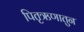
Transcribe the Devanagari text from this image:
पितृऋणातुन